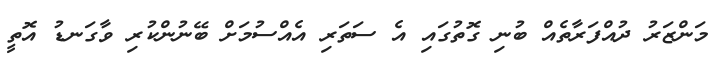
މަންޒަރު ދުއްފަރާތެއް ބުނި ގޮތުގައި އެ ސަތަރި އެއްސުމަށް ބޭނުންކުރި ވާގަނޑު އޮތީ